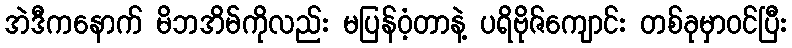
အဲဒီကနောက် မိဘအိမ်ကိုလည်း မပြန်ဝံ့တာနဲ့ ပရိဗိုဇ်ကျောင်း တစ်ခုမှာဝင်ပြီး